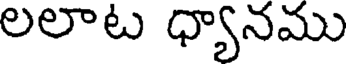
లలాట ధ్యానము